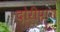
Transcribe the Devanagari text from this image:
दोरीपारा